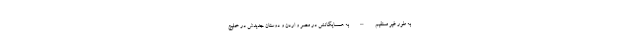
به طور غیر مستقیم – به همسایگانش در مصر و اردن و دوستان جدیدش در خلیج